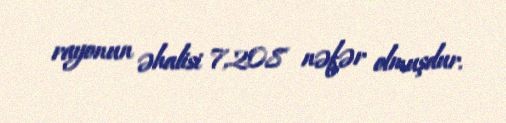
rayonun əhalisi 7,208 nəfər olmuşdur.